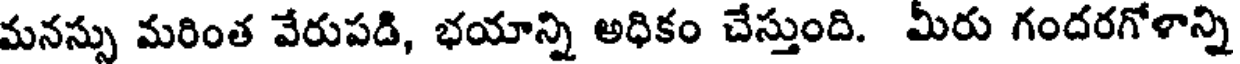
మనస్సు మరింత వేరుపడి, భయాన్ని అధికం చేస్తుంది. మీరు గందరగోళాన్ని